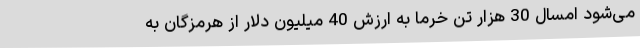
می‌شود امسال 30 هزار تن خرما به ارزش 40 میلیون دلار از هرمزگان به